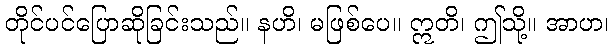
တိုင်ပင်ပြောဆိုခြင်းသည်။ နဟိ၊ မဖြစ်ပေ။ ဣတိ၊ ဤသို့။ အာဟ၊